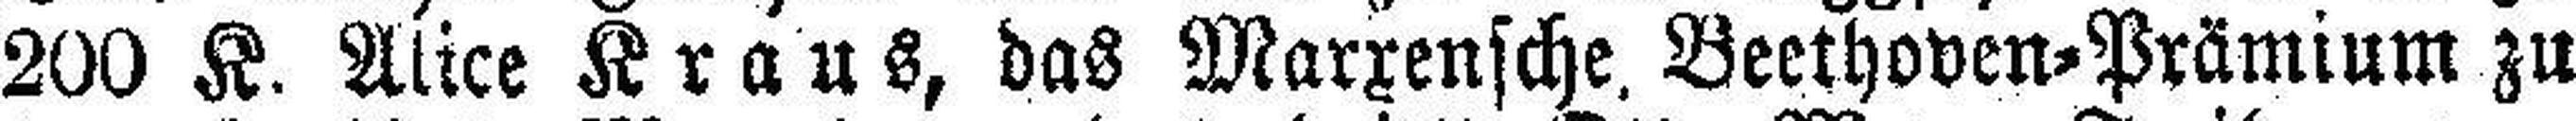
200 K. Alice Kraus, das Marxensche. Beethoven=Prämium zu